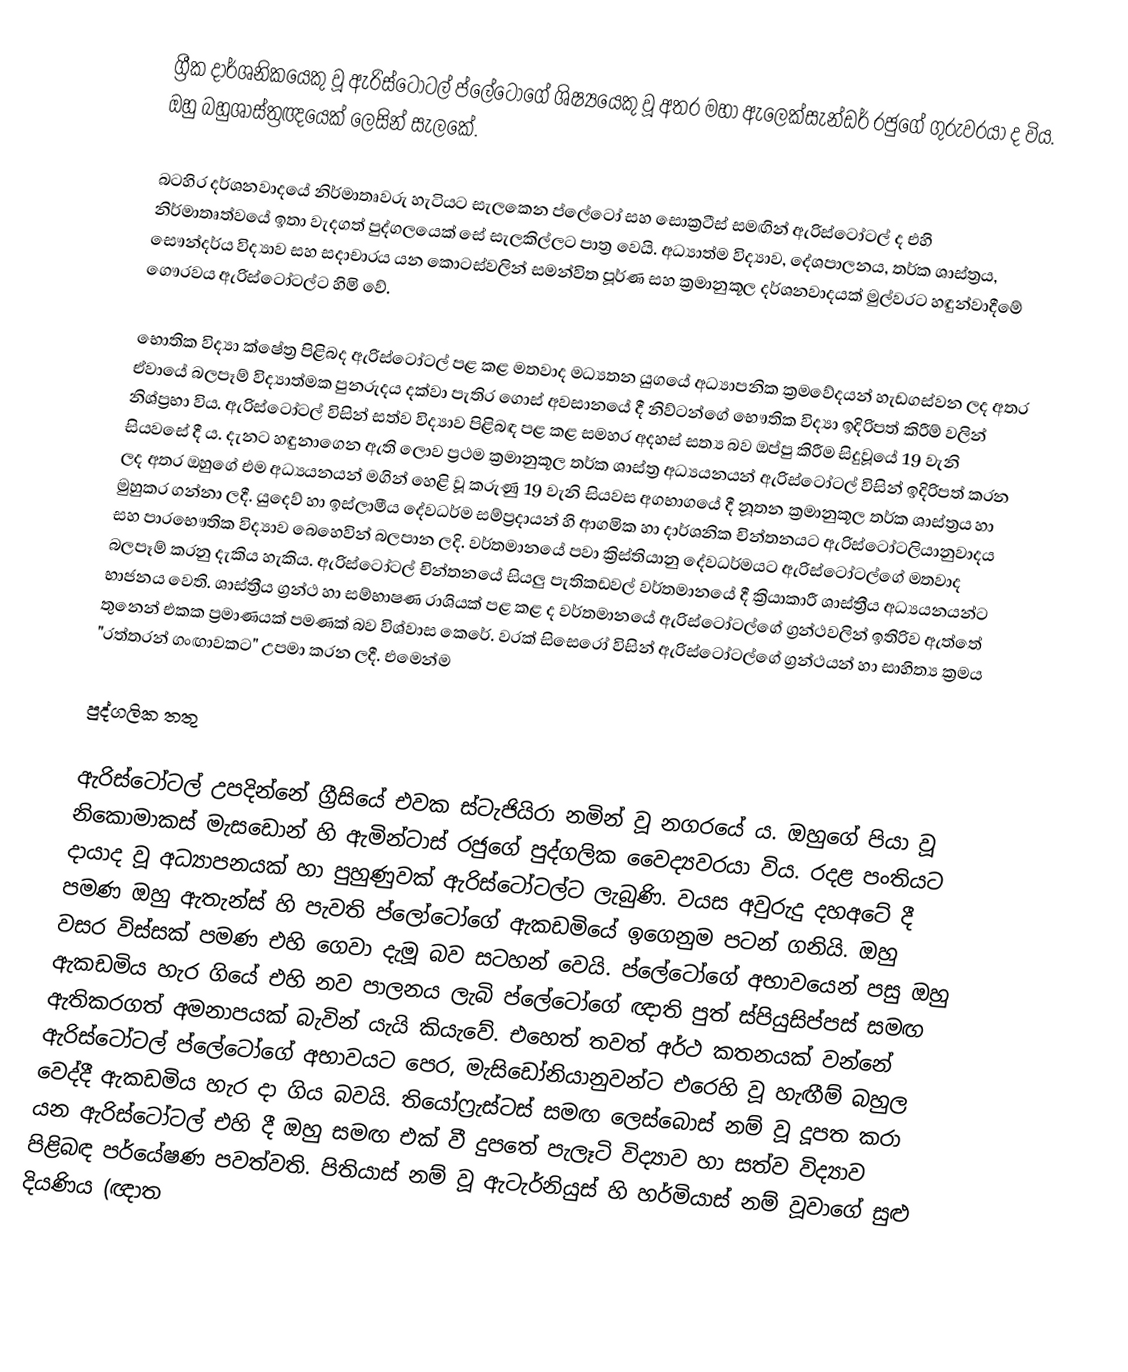
ග්‍රීක දාර්ශනිකයෙකු වූ ඇරිස්ටෝටල් ප්ලේටෝගේ ශිෂ්‍යයෙකු වූ අතර මහා ඇලෙක්සැන්ඩර් රජුගේ ගුරුවරයා ද විය. ඔහු බහුශාස්ත්‍රඥයෙක් ලෙසින් සැලකේ.

බටහිර දර්ශනවාදයේ නිර්මාතෘවරු හැටියට සැලකෙන ප්ලේටෝ සහ සොක්‍රටීස් සමඟින් ඇරිස්ටෝටල් ද එහි නිර්මාතෘත්වයේ ඉතා වැදගත් පුද්ගලයෙක් සේ සැලකිල්ලට පාත්‍ර වෙයි. අධ්‍යාත්ම විද්‍යාව, දේශපාලනය, ත‍ර්ක ශාස්ත්‍රය, සෞන්දර්ය විද්‍යාව සහ සදාචාරය යන කොටස්වලින් සමන්විත පූර්ණ සහ ක්‍රමානුකූල දර්ශනවාදයක් මුල්වරට හඳුන්වාදීමේ ගෞරවය ඇරිස්ටෝටල්ට හිමි වේ.

භොතික විද්‍යා ක්ෂේත්‍ර පිළිබද ඇරිස්ටෝටල් පළ කළ මතවාද මධ්‍යතන යුගයේ අධ්‍යාපනික ක්‍රමවේදයන් හැඩගස්වන ලද අතර ඒවායේ බලපෑම් විද්‍යාත්මක පුනරුදය දක්වා පැතිර ගොස් අවසානයේ දී නිව්ටන්ගේ භෞතික විද්‍යා ඉදිරිපත් කිරීම් වලින් නිශ්ප්‍රභා විය. ඇරිස්ටෝටල් විසින් සත්ව විද්‍යාව පිළිබඳ පළ කළ සමහර අදහස් සත්‍ය බව ඔප්පු කිරීම සිදුවූයේ 19 වැනි සියවසේ දී ය. දැනට හඳුනාගෙන ඇති ලොව ප්‍රථම ක්‍රමානුකූල තර්ක ශාස්ත්‍ර අධ්‍යයනයන් ඇරිස්ටෝටල් විසින් ඉදිරිපත් කරන ලද අතර ඔහුගේ එම අධ්‍යයනයන් මගින් හෙළි වූ කරුණු 19 වැනි සියවස අගභාගයේ දී නූතන ක්‍රමානුකූල තර්ක ශාස්ත්‍රය හා මුහුකර ගන්නා ලදී. යුදෙව් හා ඉස්ලාමීය දේවධර්ම සම්ප්‍රදායන් හි ආගමික හා දාර්ශනික චින්තනයට ඇරිස්ටෝටලියානුවාදය සහ පාරභෞතික විද්‍යාව බෙහෙවින් බලපාන ලදි. වර්තමානයේ පවා ක්‍රිස්තියානු දේවධර්මයට ඇරිස්ටෝටල්ගේ මතවාද බලපෑම් කරනු දැකිය හැකිය. ඇරිස්ටෝටල් චින්තනයේ සියලු පැතිකඩවල් වර්තමානයේ දී ක්‍රියාකාරී ශාස්ත්‍රීය අධ්‍යයනයන්ට භාජනය වෙති. ශාස්ත්‍රීය ග්‍රන්ථ හා සම්භාෂණ රාශියක් පළ කළ ද වර්තමානයේ ඇරිස්ටෝටල්ගේ ග්‍රන්ථවලින් ඉතිරිව ඇත්තේ තුනෙන් එකක ප්‍රමාණයක් පමණක් බව විශ්වාස කෙරේ. වරක් සිසෙරෝ විසින් ඇරිස්ටෝටල්ගේ ග්‍රන්ථයන් හා සාහිත්‍ය ක්‍රමය "රත්තරන් ගංඟාවකට" උපමා කරන ලදී. එමෙන්ම

පුද්ගලික තතු

ඇරිස්ටෝටල් උපදින්නේ ග්‍රීසියේ එවක ස්ටැජියිරා නමින් වූ නගරයේ ය. ඔහුගේ පියා වූ නිකොමාකස් මැසඩොන් හි ඇමින්ටාස් රජුගේ පුද්ගලික වෛද්‍යවරයා විය. රදළ පංතියට දායාද වූ අධ්‍යාපනයක් හා පුහුණුවක් ඇරිස්ටෝටල්ට ලැබුණි. වයස අවුරුදු දහඅටේ දී පමණ ඔහු ඇතැන්ස් හි පැවති ප්ලෝටෝගේ ඇකඩමියේ ඉගෙනුම පටන් ගනියි. ඔහු වසර විස්සක් පමණ එහි ගෙවා දැමූ බව සටහන් වෙයි. ප්ලේටෝගේ අභාවයෙන් පසු ඔහු ඇකඩමිය හැර ගියේ එහි නව පාලනය ලැබි ප්ලේටෝගේ ඥාති පුත් ස්පියුසිප්පස් සමඟ ඇතිකරගත් අමනාපයක් බැවින් යැයි කියැවේ. එහෙත් තවත් අර්ථ කතනයක් වන්නේ ඇරිස්ටෝටල් ප්ලේටෝගේ අභාවයට පෙර, මැසිඩෝනියානුවන්ට එරෙහි වූ හැඟීම් බහුල වෙද්දී ඇකඩමිය හැර දා ගිය බවයි. තියෝෆ්‍රැස්ටස් සමඟ ලෙස්බොස් නම් වූ දූපත කරා යන ඇරිස්ටෝටල් එහි දී ඔහු සමඟ එක් වී දුපතේ පැලෑටි විද්‍යාව හා සත්ව විද්‍යාව පිළිබඳ පර්යේෂණ පවත්වති. පිතියාස් නම් වූ ඇටැර්නියුස් හි හර්මියාස් නම් වූවාගේ සුළු දියණිය (ඥාත